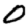
Digit: 0